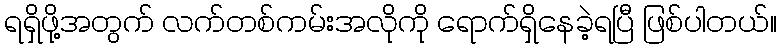
ရရှိဖို့အတွက် လက်တစ်ကမ်းအလိုကို ရောက်ရှိနေခဲ့ရပြီ ဖြစ်ပါတယ်။